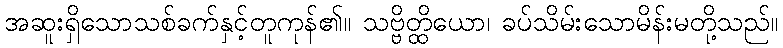
အဆူးရှိသောသစ်ခက်နှင့်တူကုန်၏။ သဗ္ဗိတ္ထိယော၊ ခပ်သိမ်းသောမိန်းမတို့သည်။